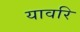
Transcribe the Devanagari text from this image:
यावरि